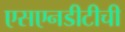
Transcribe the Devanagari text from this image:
एसएनडीटीची